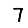
Digit: 7